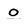
Character: o